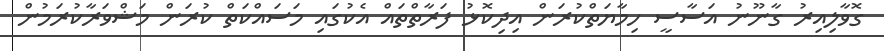
ގޮވާލިއިރު ގާނޫނު އަސާސީ ހިމާޔަތްކުރަން އިދިކޮޅު ފަރާތްތައް އެކުގައި މަސައްކަތް ކުރަން މަޝްވަރާކުރަމުން